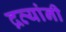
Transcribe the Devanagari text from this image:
द्रव्यांनी